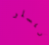
ريسلر